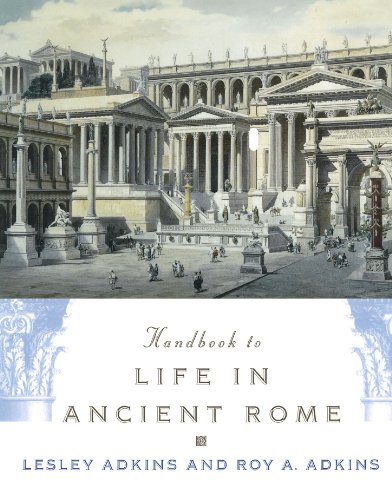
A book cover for Handbook to Life in Ancient Rome; Lesley Adkins; History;